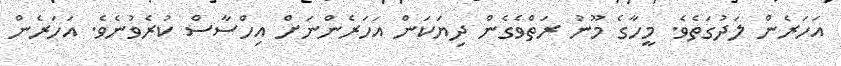
އަހަރެން ލަދުގަތެވެ. މީހާގެ މޫނު ރަތްވެގެން ދިޔަކަން އަހަރެންނަށް އިހްސާސް ކުރެވުނެވެ. އަހަރެން